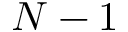
N - 1